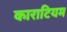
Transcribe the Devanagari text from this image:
काराटियम